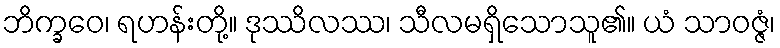
ဘိက္ခဝေ၊ ရဟန်းတို့။ ဒုဿိလဿ၊ သီလမရှိသောသူ၏။ ယံ သာဝဇ္ဇံ၊